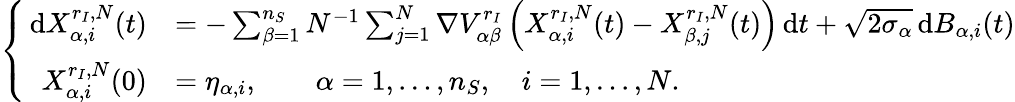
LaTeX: \left\{ \begin{array}{rl}{\, \mathrm{d}X_{\alpha,i}^{{r_{I}},N}(t)}&{=-\sum_{\beta=1}^{n_{S}}N^{-1}\sum_{j=1}^{N}\nabla{V_{\alpha\beta}^{r_{I}}}\left(X_{\alpha,i}^{{r_{I}},N}(t)-X_{\beta,j}^{{r_{I}},N}(t)\right)\, \mathrm{d}t+\sqrt{2\sigma_{\alpha}}\, \mathrm{d}B_{\alpha,i}(t)}\\ {X_{\alpha,i}^{{r_{I}},N}(0)}&{=\eta_{\alpha,i},\qquad\alpha=1,\ldots,{n_{S}},\quad i=1,\ldots,N.}\end{array}\right.